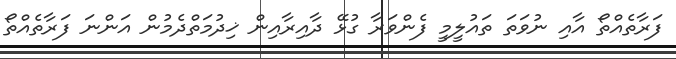
ފަރާތެއްތޯ އާއި ނުވަތަ ތައުލީމީ ފެންވަރާ ގުޅޭ ދާއިރާއިން ޚިދުމަތްދެމުން އަންނަ ފަރާތެއްތޯ